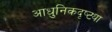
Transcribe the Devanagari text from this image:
आधुनिकदृष्ट्या